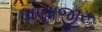
ધાણાજીરૂ